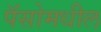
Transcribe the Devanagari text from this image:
पॅसोमधील